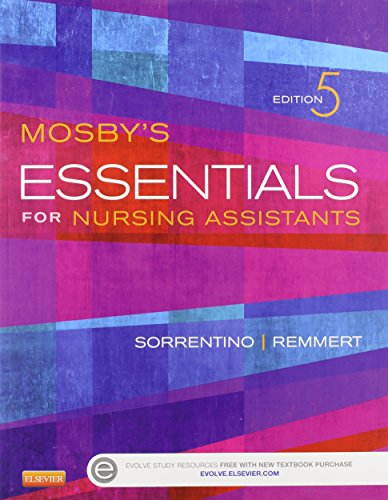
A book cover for Mosby's Essentials for Nursing Assistants - Text and Workbook Package, 5e; Sheila A. Sorrentino PhD  RN; Medical Books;